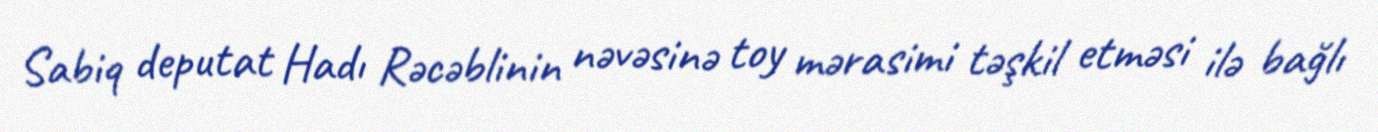
Sabiq deputat Hadı Rəcəblinin nəvəsinə toy mərasimi təşkil etməsi ilə bağlı